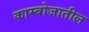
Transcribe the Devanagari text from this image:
काम्बोजातील